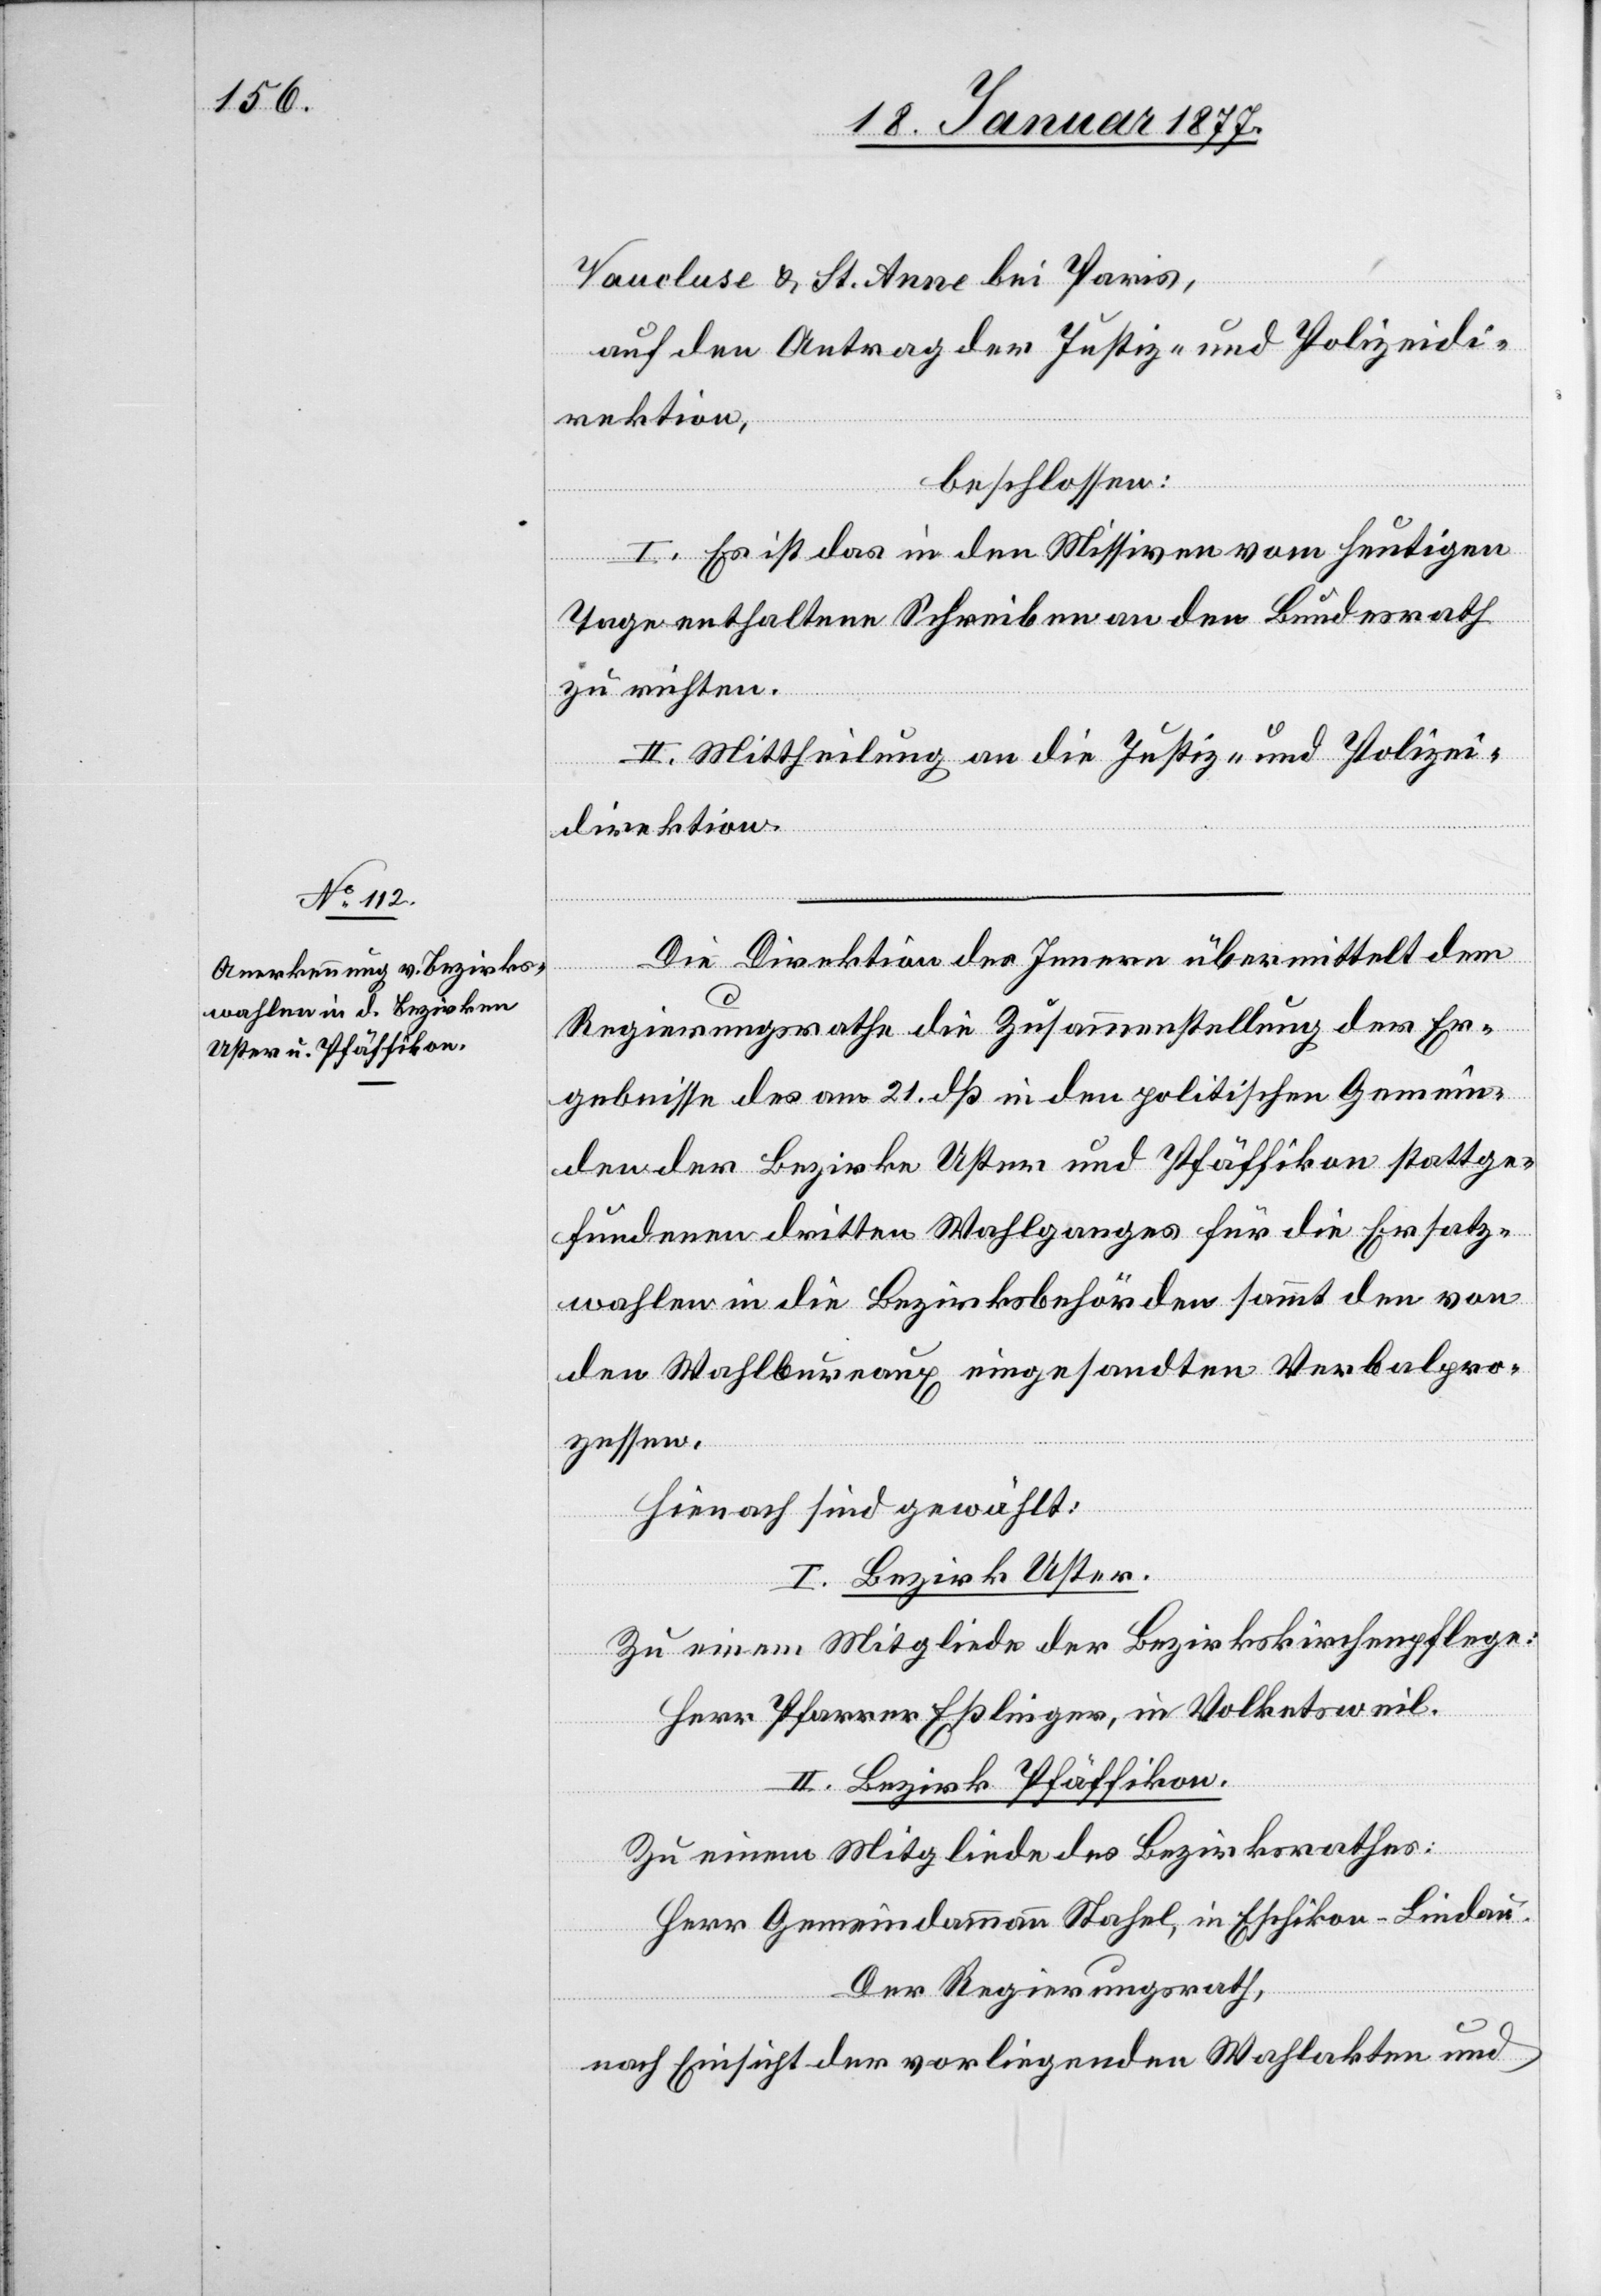
24. Januar 1877.]
Vaucluse & St. Anne bei Paris,
auf den Antrag der Justiz- und Polizeidi¬
rektion,
beschlossen:
I. Es ist das in den Missiven vom heutigen
Tage enthaltene Schreiben an den Bundesrath
zu richten.
II. Mittheilung an die Justiz- und Polizei¬
direktion.
Die Direktion des Innern übermittelt dem
Regierungsrathe die Zusammenstellung der Er¬
gebnisse des am 21. dß in den politischen Gemein¬
den der Bezirke Uster und Pfäffikon stattge¬
fundenen dritten Wahlganges für die Ersatz¬
wahlen in die Bezirksbehörden sammt den von
den Wahlbureaux eingesandten Verbalpro¬
zessen.
Hienach sind gewählt:
I. Bezirk Uster.
Zu einem Mitgliede der Bezirkskirchenpflege:
Herr Pfarrer Eßlinger, in Volketsweil.
II. Bezirk Pfäffikon.
Zu einem Mitgliede des Bezirksrathes:
Herr Gemeindammann Stahel, in Eschikon-Lindau.
Der Regierungsrath,
nach Einsicht der vorliegenden Wahlakten und